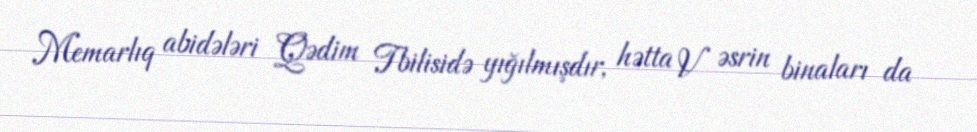
Memarlıq abidələri Qədim Tbilisidə yığılmışdır, hətta V əsrin binaları da